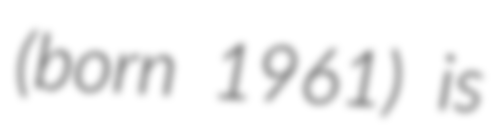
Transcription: (born 1961) is